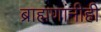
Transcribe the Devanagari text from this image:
ब्राह्मणांनीही